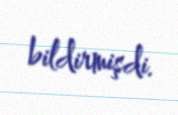
bildirmişdi.